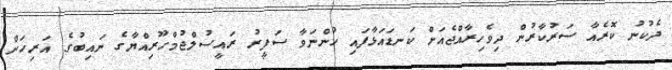
ދެކުނު ކޮރެއާ ސަރުކާރުން ދިވެހިރާއްޖެއަށް ކަނޑައަޅާފައި ހުންނަވާ ސަފީރު ރައީސުލްޖުމްހޫރިއްޔާގެ ނައިބުގެ އަރިހަށް